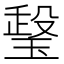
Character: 𤧧